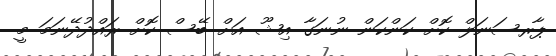
ޕާރސަނަލް ކޮށް ކަންކަން ނުނަގާ އިޝޫ އަށް ބޭސް ކޮށް ރައްދުދޭނަމަ މީ